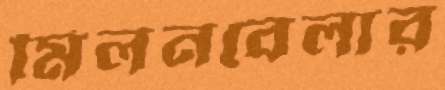
মিলনবেলার